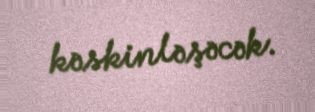
kəskinləşəcək.